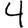
Digit: 4